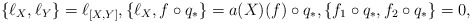
\begin{align*}\{\ell_X, \ell_Y\} = \ell_{[X,Y]}, \{\ell_X, f\circ q_*\} = a(X)(f)\circ q_*,\{f_1\circ q_*, f_2\circ q_*\} = 0, \end{align*}